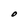
Character: O